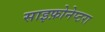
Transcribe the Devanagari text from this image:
साइफ़ोनेप्टरा